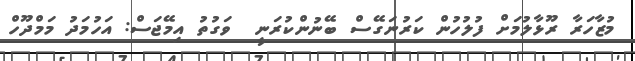
މުޒާހަރާ ރޫޅާލުމަށް ފުލުހުން ކަރުނަގޭސް ބޭނުންކުރަނީ  ވަގުތު އިމޭޖަސް: އަހުމަދު މަމްދޫހް